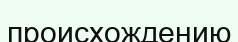
происхождению